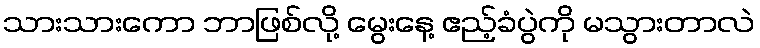
သားသားကော ဘာဖြစ်လို့ မွေးနေ့ ဧည့်ခံပွဲကို မသွားတာလဲ